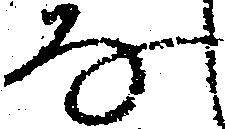
な